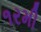
૧રમી